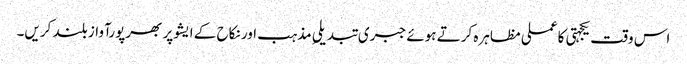
اس وقت یکجہتی کا عملی مظاہرہ کرتے ہوئے جبری تبدیلیِ مذہب اور نکاح کے ایشوپر بھرپورآواز بلند کریں۔